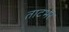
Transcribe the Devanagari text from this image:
ताटभर